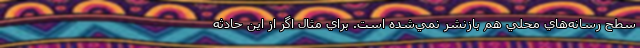
سطح رسانه‌هاي محلي هم بازنشر نمي‌شده است. براي مثال اگر از اين حادثه